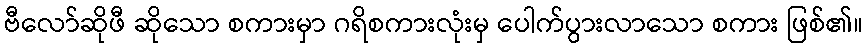
ဗီလော်ဆိုဖီ ဆိုသော စကားမှာ ဂရိစကားလုံးမှ ပေါက်ပွားလာသော စကား ဖြစ်၏။